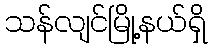
သန်လျင်မြို့နယ်ရှိ